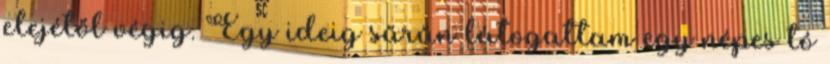
elejétől végig. Egy ideig sűrűn látogattam egy népes tó